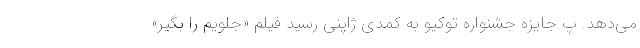
می‌دهد. پ جایزه جشنواره توکیو به کمدی ژاپنی رسید فیلم «جلویم را بگیر»